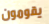
يقومون